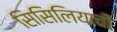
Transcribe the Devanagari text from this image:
सिसिलियाची